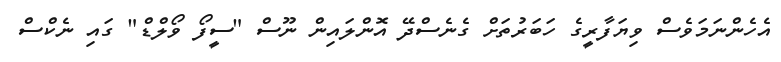
އެހެންނަމަވެސް ވިޔަފާރީގެ ހަބަރުތަށް ގެނެސްދޭ އޮންލައިން ނޫސް "ސީފޯ ވޯލްޑް" ގައި ނެކްސް